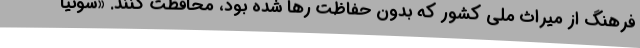
فرهنگ از میراث ملی کشور که بدون حفاظت رها شده بود، محافظت کنند. «سونیا